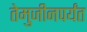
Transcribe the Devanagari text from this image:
तेमुजीनपर्यंत